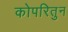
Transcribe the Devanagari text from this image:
कोपरितुन